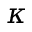
\kappa